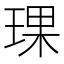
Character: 𬍯